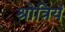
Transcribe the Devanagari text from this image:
श्रोत्रियं